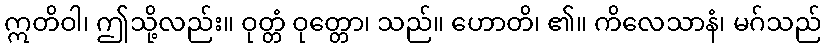
ဣတိဝါ၊ ဤသို့လည်း။ ဝုတ္တံ ဝုတ္တော၊ သည်။ ဟောတိ၊ ၏။ ကိလေသာနံ၊ မဂ်သည်